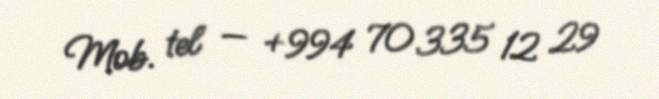
Mob. tel — +994 70 335 12 29